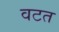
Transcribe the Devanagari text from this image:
वटत